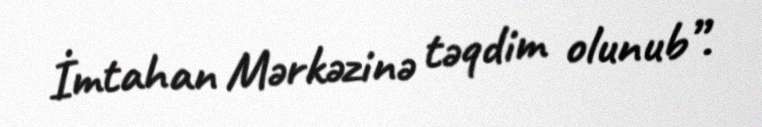
İmtahan Mərkəzinə təqdim olunub”.